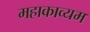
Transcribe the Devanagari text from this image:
महाकाव्यम